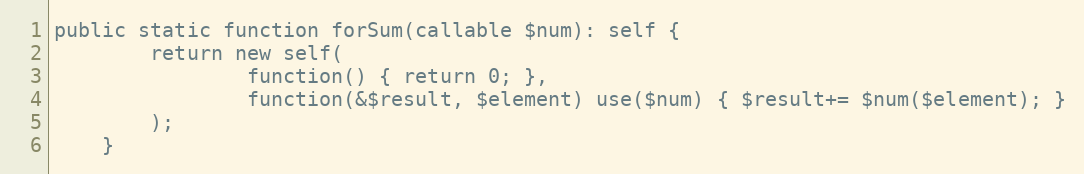
Language: PHP
public static function forSum(callable $num): self {
        return new self(
                function() { return 0; },
                function(&$result, $element) use($num) { $result+= $num($element); }
        );
    }